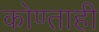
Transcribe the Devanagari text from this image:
कोण्ताही